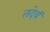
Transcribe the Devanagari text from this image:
तदेवं